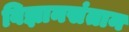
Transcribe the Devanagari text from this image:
विज्ञानसंतान